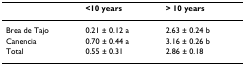
|  | <10 years | > 10 years |
 | --- | --- | --- |
 | Brea de Tajo | 0.21 ± 0.12 a | 2.63 ± 0.24 b |
 | Canencia | 0.70 ± 0.44 a | 3.16 ± 0.26 b |
 | Total | 0.55 ± 0.31 | 2.86 ± 0.18 |